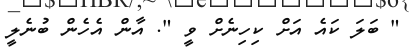
" ބަލަ ކައެ އަށް ކިހިނެށް ވީ ". އާން އެހެން ބުނެލީ